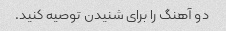
دو آهنگ را برای شنیدن توصیه کنید.